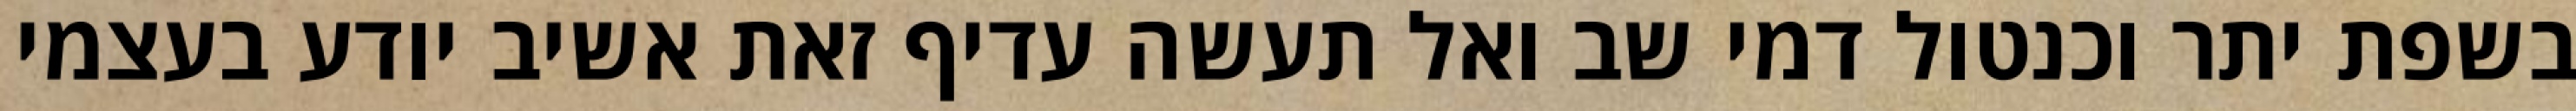
בשפת יתר וכנטול דמי שב ואל תעשה עדיף זאת אשיב יודע בעצמי